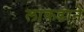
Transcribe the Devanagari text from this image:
लाकडाने